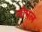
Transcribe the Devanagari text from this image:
नोपल